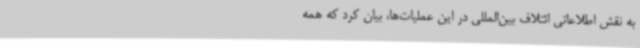
به نقش اطلاعاتی ائتلاف بین‌المللی در این عملیات‌ها، بیان کرد که همه